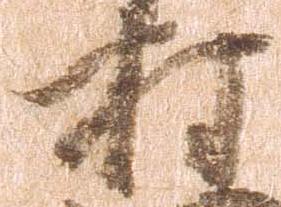
村